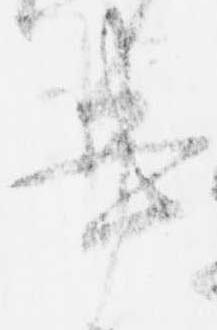
書